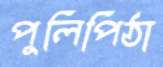
পুলিপিঠা